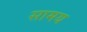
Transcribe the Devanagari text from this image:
सामय